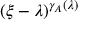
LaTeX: ( \xi - \lambda ) ^ { \gamma _ { A } ( \lambda ) }